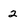
Character: 2